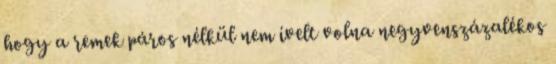
hogy a remek páros nélkül nem ívelt volna negyvenszázalékos